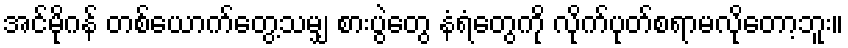
အင်မိုဂန် တစ်ယောက်တွေ့သမျှ စားပွဲတွေ နံရံတွေကို လိုက်ပုတ်စရာမလိုတော့ဘူး။